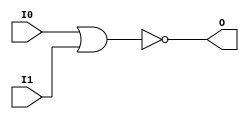
// $Header: /devl/xcs/repo/env/Databases/CAEInterfaces/xec_libs/data/unisims/NOR2.v,v 1.1 2005/05/10 01:20:06 wloo Exp $

/*

FUNCTION	: 2-INPUT NOR GATE

*/

`celldefine
`timescale  100 ps / 10 ps

module NOR2 (O, I0, I1);

    output O;

    input  I0, I1;

    nor O1 (O, I0, I1);

endmodule